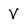
Character: V